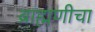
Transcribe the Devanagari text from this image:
ब्राह्मणीचा